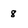
Character: 8